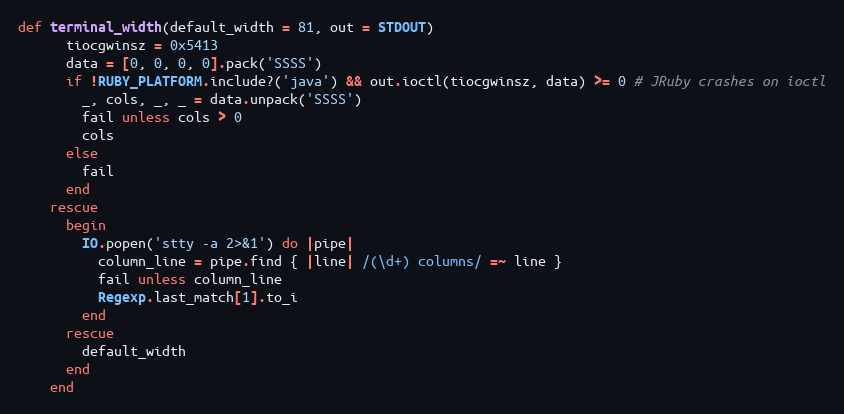
Language: Ruby
def terminal_width(default_width = 81, out = STDOUT)
      tiocgwinsz = 0x5413
      data = [0, 0, 0, 0].pack('SSSS')
      if !RUBY_PLATFORM.include?('java') && out.ioctl(tiocgwinsz, data) >= 0 # JRuby crashes on ioctl
        _, cols, _, _ = data.unpack('SSSS')
        fail unless cols > 0
        cols
      else
        fail
      end
    rescue
      begin
        IO.popen('stty -a 2>&1') do |pipe|
          column_line = pipe.find { |line| /(\d+) columns/ =~ line }
          fail unless column_line
          Regexp.last_match[1].to_i
        end
      rescue
        default_width
      end
    end